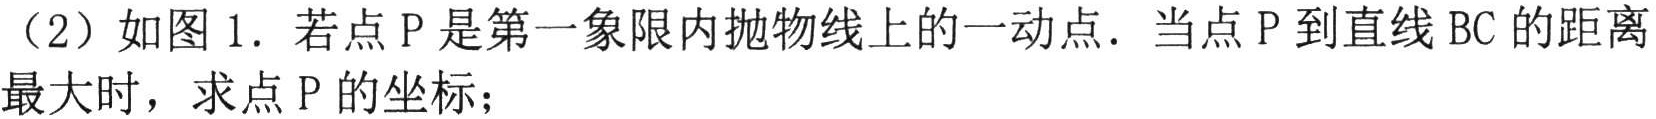
（2）如图1. 若点\(P\)是第一象限内抛物线上的一动点. 当点\(P\)到直线\(BC\)的距离最大时，求点\(P\)的坐标；